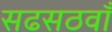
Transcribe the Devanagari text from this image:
सढसठवाँ